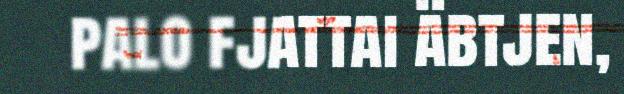
palo fjattai äbtjen,